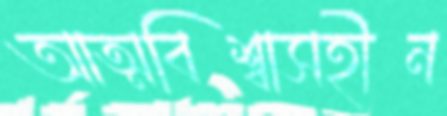
আত্মবিশ্বাসহীন